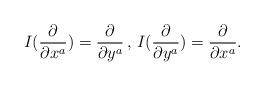
LaTeX: \begin{align*}I(\frac{\partial}{\partial x^a})=\frac{\partial}{\partial y^a}\,,\,I(\frac{\partial}{\partial y^a})=\frac{\partial}{\partial x^a}.\end{align*}